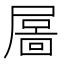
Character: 𡳄